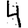
Digit: 4